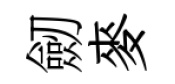
劒麥